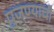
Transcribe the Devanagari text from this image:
पुजण्याची